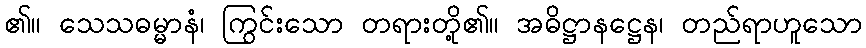
၏။ သေသဓမ္မာနံ၊ ကြွင်းသော တရားတို့၏။ အဓိဋ္ဌာနဋ္ဌေန၊ တည်ရာဟူသော